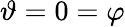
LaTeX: \vartheta=0=\varphi